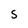
Character: S